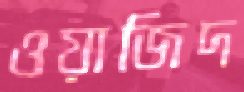
ওয়াজিদ